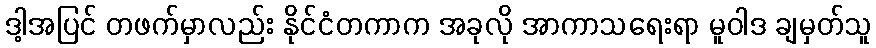
ဒါ့အပြင် တဖက်မှာလည်း နိုင်ငံတကာက အခုလို အာကာသရေးရာ မူဝါဒ ချမှတ်သူ